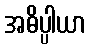
အဓိပ္ပါယာ